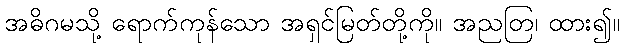
အဓိဂမသို့ ရောက်ကုန်သော အရှင်မြတ်တို့ကို။ အညတြ၊ ထား၍။